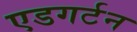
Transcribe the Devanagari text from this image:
एडगर्टन